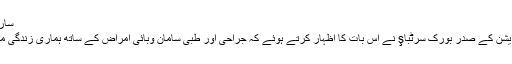
سارتبş: "ماسک اب ہماری زندگی کا ایک حصہ ہے"
ایجی ریڈی ویئر اور ملبوسات ایکسپورٹرز ایسوسی ایشن کے صدر بورک سرٹباş نے اس بات کا اظہار کرتے ہوئے کہ جراحی اور طبی سامان وبائی امراض کے ساتھ ہماری زندگی میں داخل ہوچکے ہیں اور وہ ہمیشہ موجود رہیں گے۔